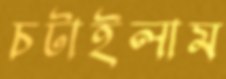
চটাইলাম